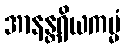
အာနန္တရိယကမ္မံ